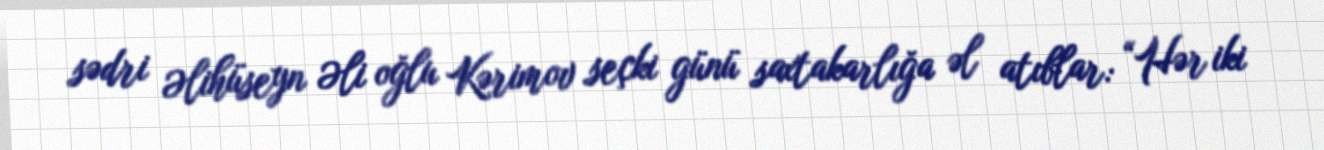
sədri Əlihüseyn Əli oğlu Kərimov seçki günü saxtakarlığa əl atıblar: “Hər iki